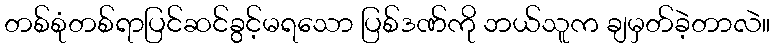
တစ်စုံတစ်ရာပြင်ဆင်ခွင့်မရသော ပြစ်ဒဏ်ကို ဘယ်သူက ချမှတ်ခဲ့တာလဲ။